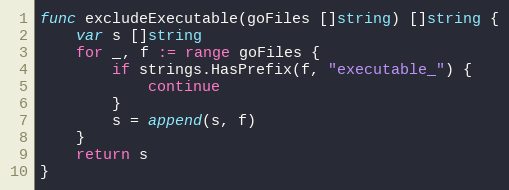
Language: Go
func excludeExecutable(goFiles []string) []string {
	var s []string
	for _, f := range goFiles {
		if strings.HasPrefix(f, "executable_") {
			continue
		}
		s = append(s, f)
	}
	return s
}